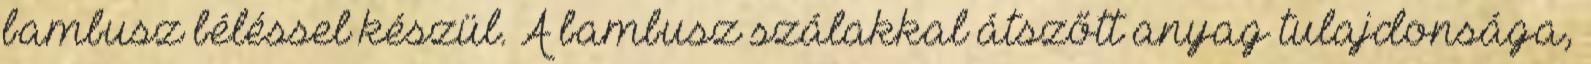
bambusz béléssel készül. A bambusz szálakkal átszőtt anyag tulajdonsága,